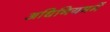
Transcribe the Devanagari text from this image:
अधिनियममें